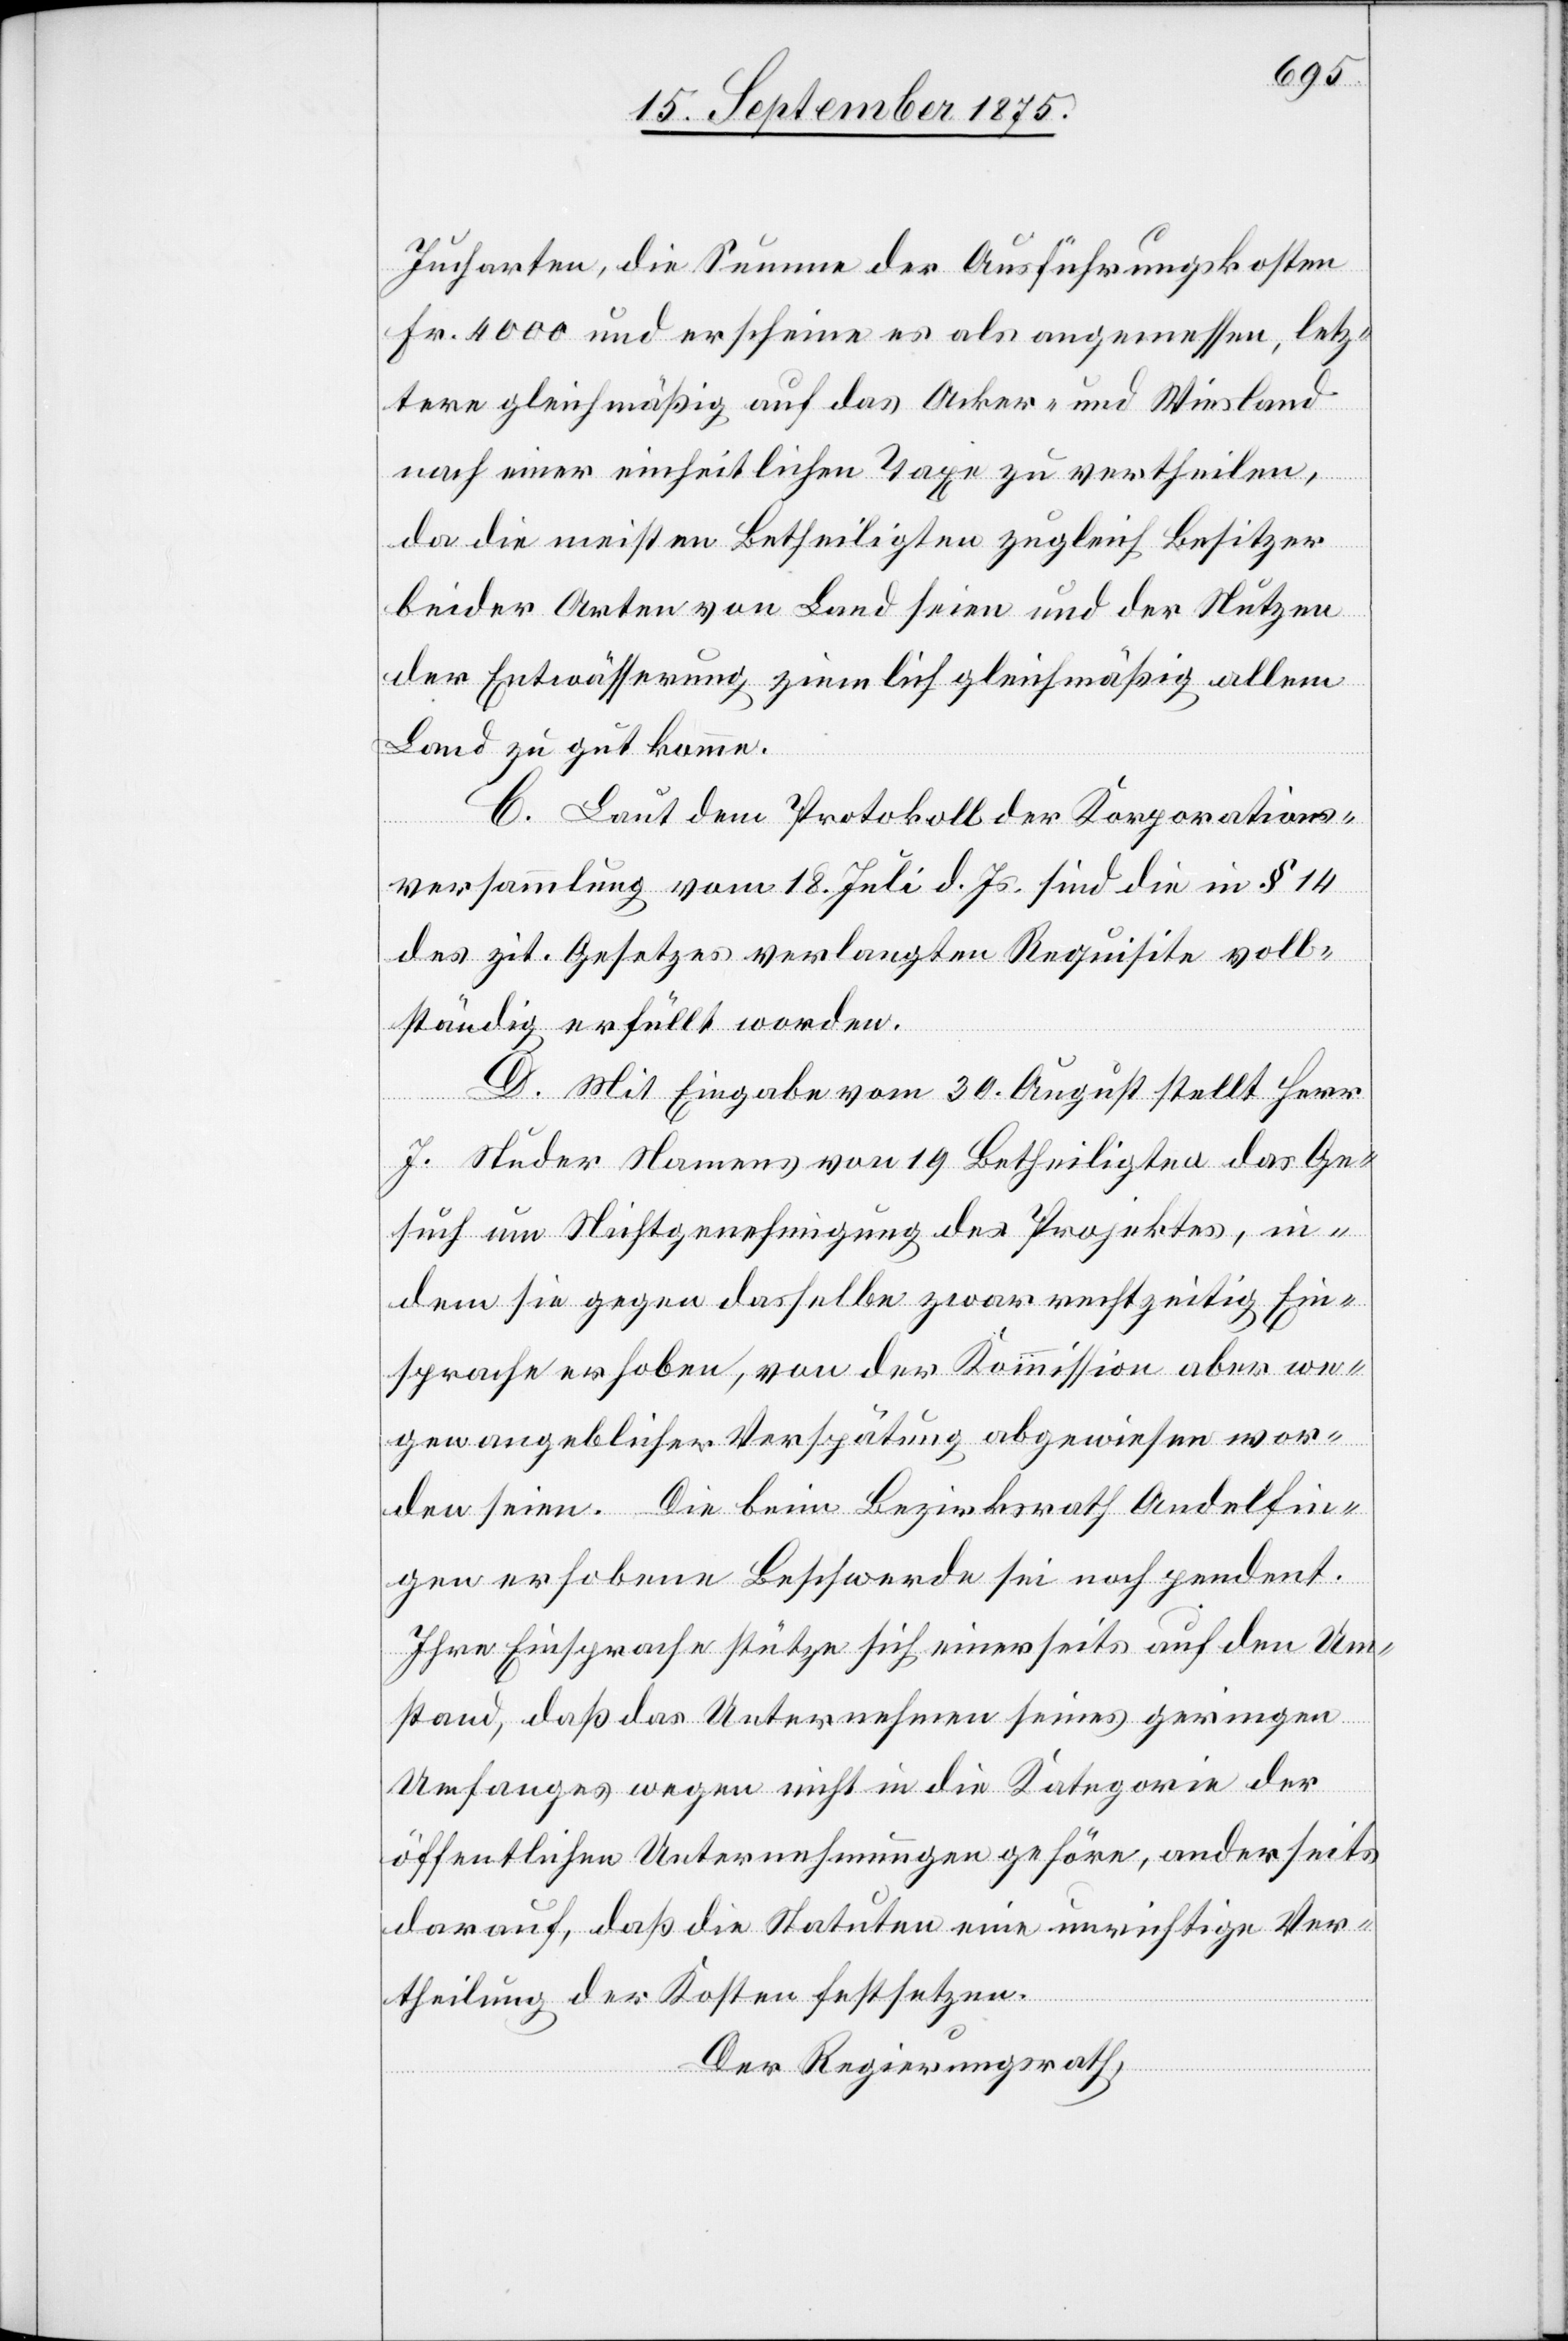
Jucharten, die Summe der Ausführungskosten
Fr. 4000 und erscheine es als angemessen, letz¬
tere gleichmäßig auf das Acker- und Wiesland
nach einer einheitlichen Taxe zu vertheilen,
da die meisten Betheiligten zugleich Besitzer
beider Arten von Land seien und der Nutzen
der Entwässerung ziemlich gleichmäßig allem
Land zu gut komme.
C. Laut dem Protokoll der Korporations¬
versammlung vom 18. Juli d. Js. sind die in § 14
des zit. Gesetzes verlangten Requisite voll¬
ständig erfüllt worden.
D. Mit Eingabe vom 30. August stellt Herr
J. Studer Namens von 19 Betheiligten das Ge¬
such um Nichtgenehmigung des Projektes, in¬
dem sie gegen dasselbe zwar rechtzeitig Ein¬
sprache erhoben, von der Kommission aber we¬
gen angeblicher Verspätung abgewiesen wor¬
den seien. Die beim Bezirksrath Andelfin¬
gen erhobene Beschwerde sei noch pendent.
Ihre Einsprache stütze sich einerseits auf den Um¬
stand, daß das Unternehmen seines geringen
Umfanges wegen nicht in die Kategorie der
öffentlichen Unternehmungen gehöre, anderseits
darauf, daß die Statuten eine unrichtige Ver¬
theilung der Kosten festsetzen.
Der Regierungsrath,